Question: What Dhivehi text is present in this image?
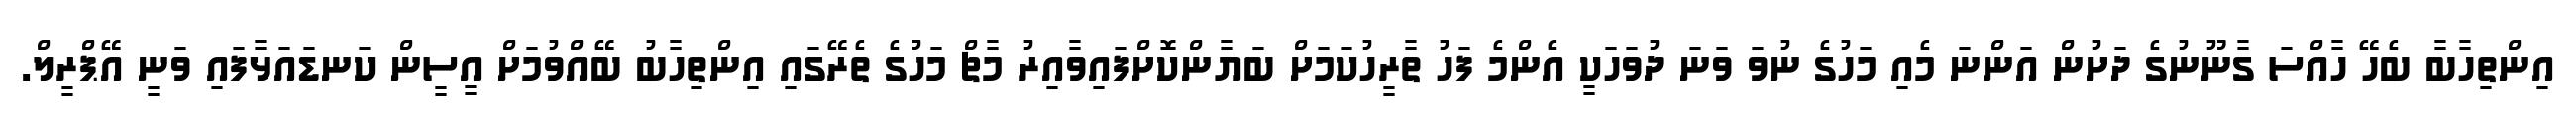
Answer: އިންތިހާބާ ބެހޭ ހާއްސަ ގާނޫނުގެ ދަށުން އަންނަ މެއި މަހުގެ ނުވަ ވަނަ ދުވަހަކީ އެންމެ ފަހު ތާރީހުކަމަށް ބަޔާންކޮށްފައިވާއިރު މާޗް މަހުގެ ތެރޭގައި އިންތިހާބު ބޭއްވުމަށް އީސީން ކަނޑައަޅާފައި ވަނީ އޭޕްރީލް.